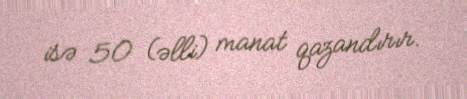
isə 50 (əlli) manat qazandırır.